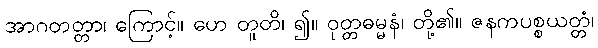
အာဂတတ္တာ၊ ကြောင့်။ ဟေ တူတိ၊ ၍။ ဝုတ္တဓမ္မနံ၊ တို့၏။ ဇနကပစ္စယတ္တံ၊